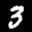
Label: 3